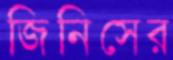
জিনিসের